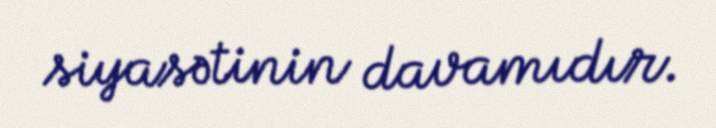
siyasətinin davamıdır.